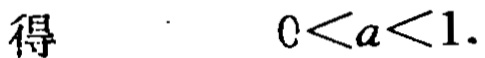
得 \(\quad 0 < a < 1\).